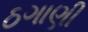
ઠગાણી